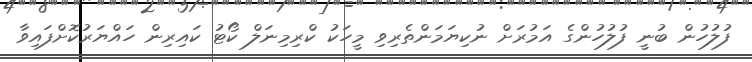
ފުލުހުން ބުނީ ފުލުހުންގެ އަމުރަށް ނުކިޔަމަންތެރިވި މީހަކު ކްރިމިނަލް ކޯޓު ކައިރިން ހައްޔަރުކޮށްފައިވާ